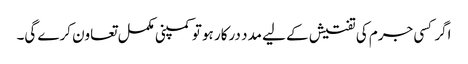
اگر کسی جرم کی تفتیش کے لیے مدد درکار ہو تو کمپنی مکمل تعاون کرے گی۔